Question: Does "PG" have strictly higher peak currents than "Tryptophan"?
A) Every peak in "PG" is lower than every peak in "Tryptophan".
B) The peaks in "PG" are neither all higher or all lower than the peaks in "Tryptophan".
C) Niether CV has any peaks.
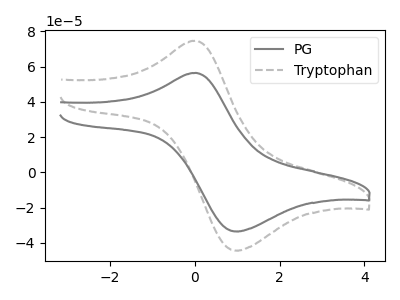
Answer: <think>The gray curve "PG" has an anodic peak at (0.00V, 56.45uA) and a cathodic peak at (0.95V, -33.55uA). The gray dashed curve "Tryptophan" has an anodic peak at (0.00V, 74.75uA) and a cathodic peak at (0.95V, -44.40uA).</think>
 <answer>A) Every peak in "PG" is lower than every peak in "Tryptophan".</answer>
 <eval>A</eval>